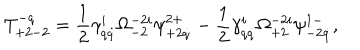
T _ { + 2 - 2 } ^ { - q } = \frac 1 2 \gamma _ { q \dot { q } } ^ { i } \Omega _ { - 2 } ^ { - 2 i } \psi _ { + 2 \dot { q } } ^ { 2 + } - \frac 1 2 \gamma _ { q \dot { q } } ^ { i } \Omega _ { + 2 } ^ { - 2 i } \psi _ { - 2 \dot { q } } ^ { 1 - } ,